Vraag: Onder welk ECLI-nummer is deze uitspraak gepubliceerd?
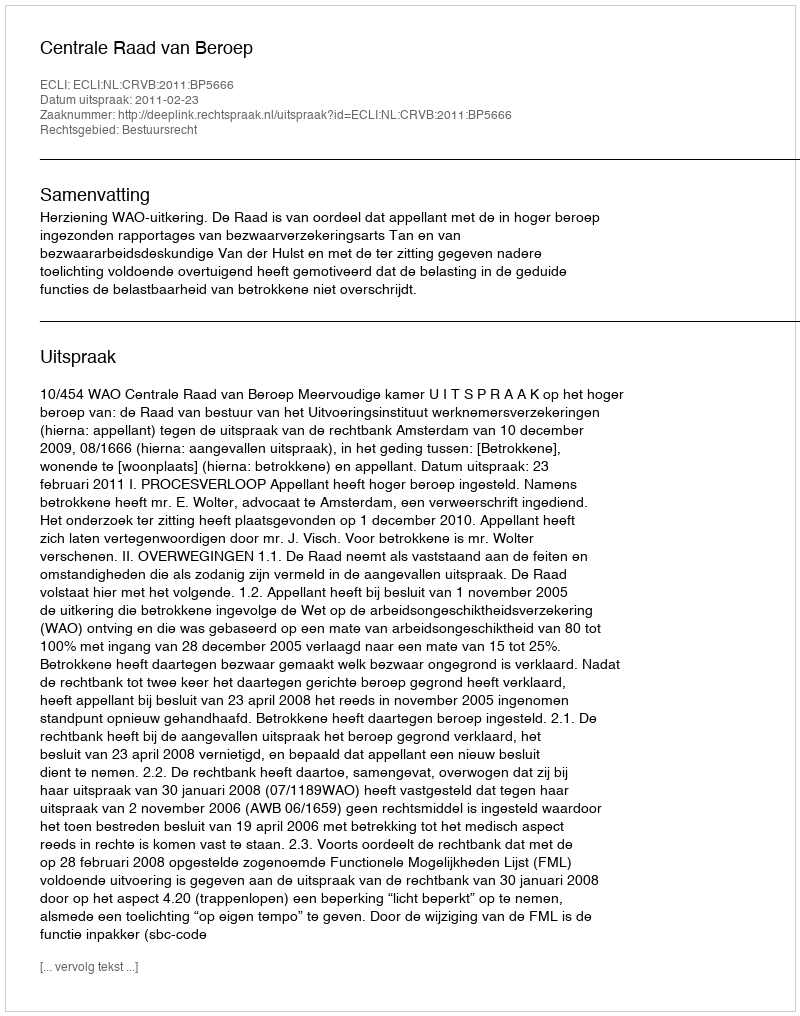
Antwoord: ECLI:NL:CRVB:2011:BP5666